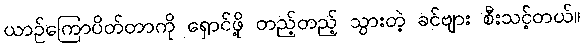
ယာဉ်ကြောပိတ်တာကို ရှောင်ဖို့ တည့်တည့် သွားတဲ့ ခင်ဗျား စီးသင့်တယ်။